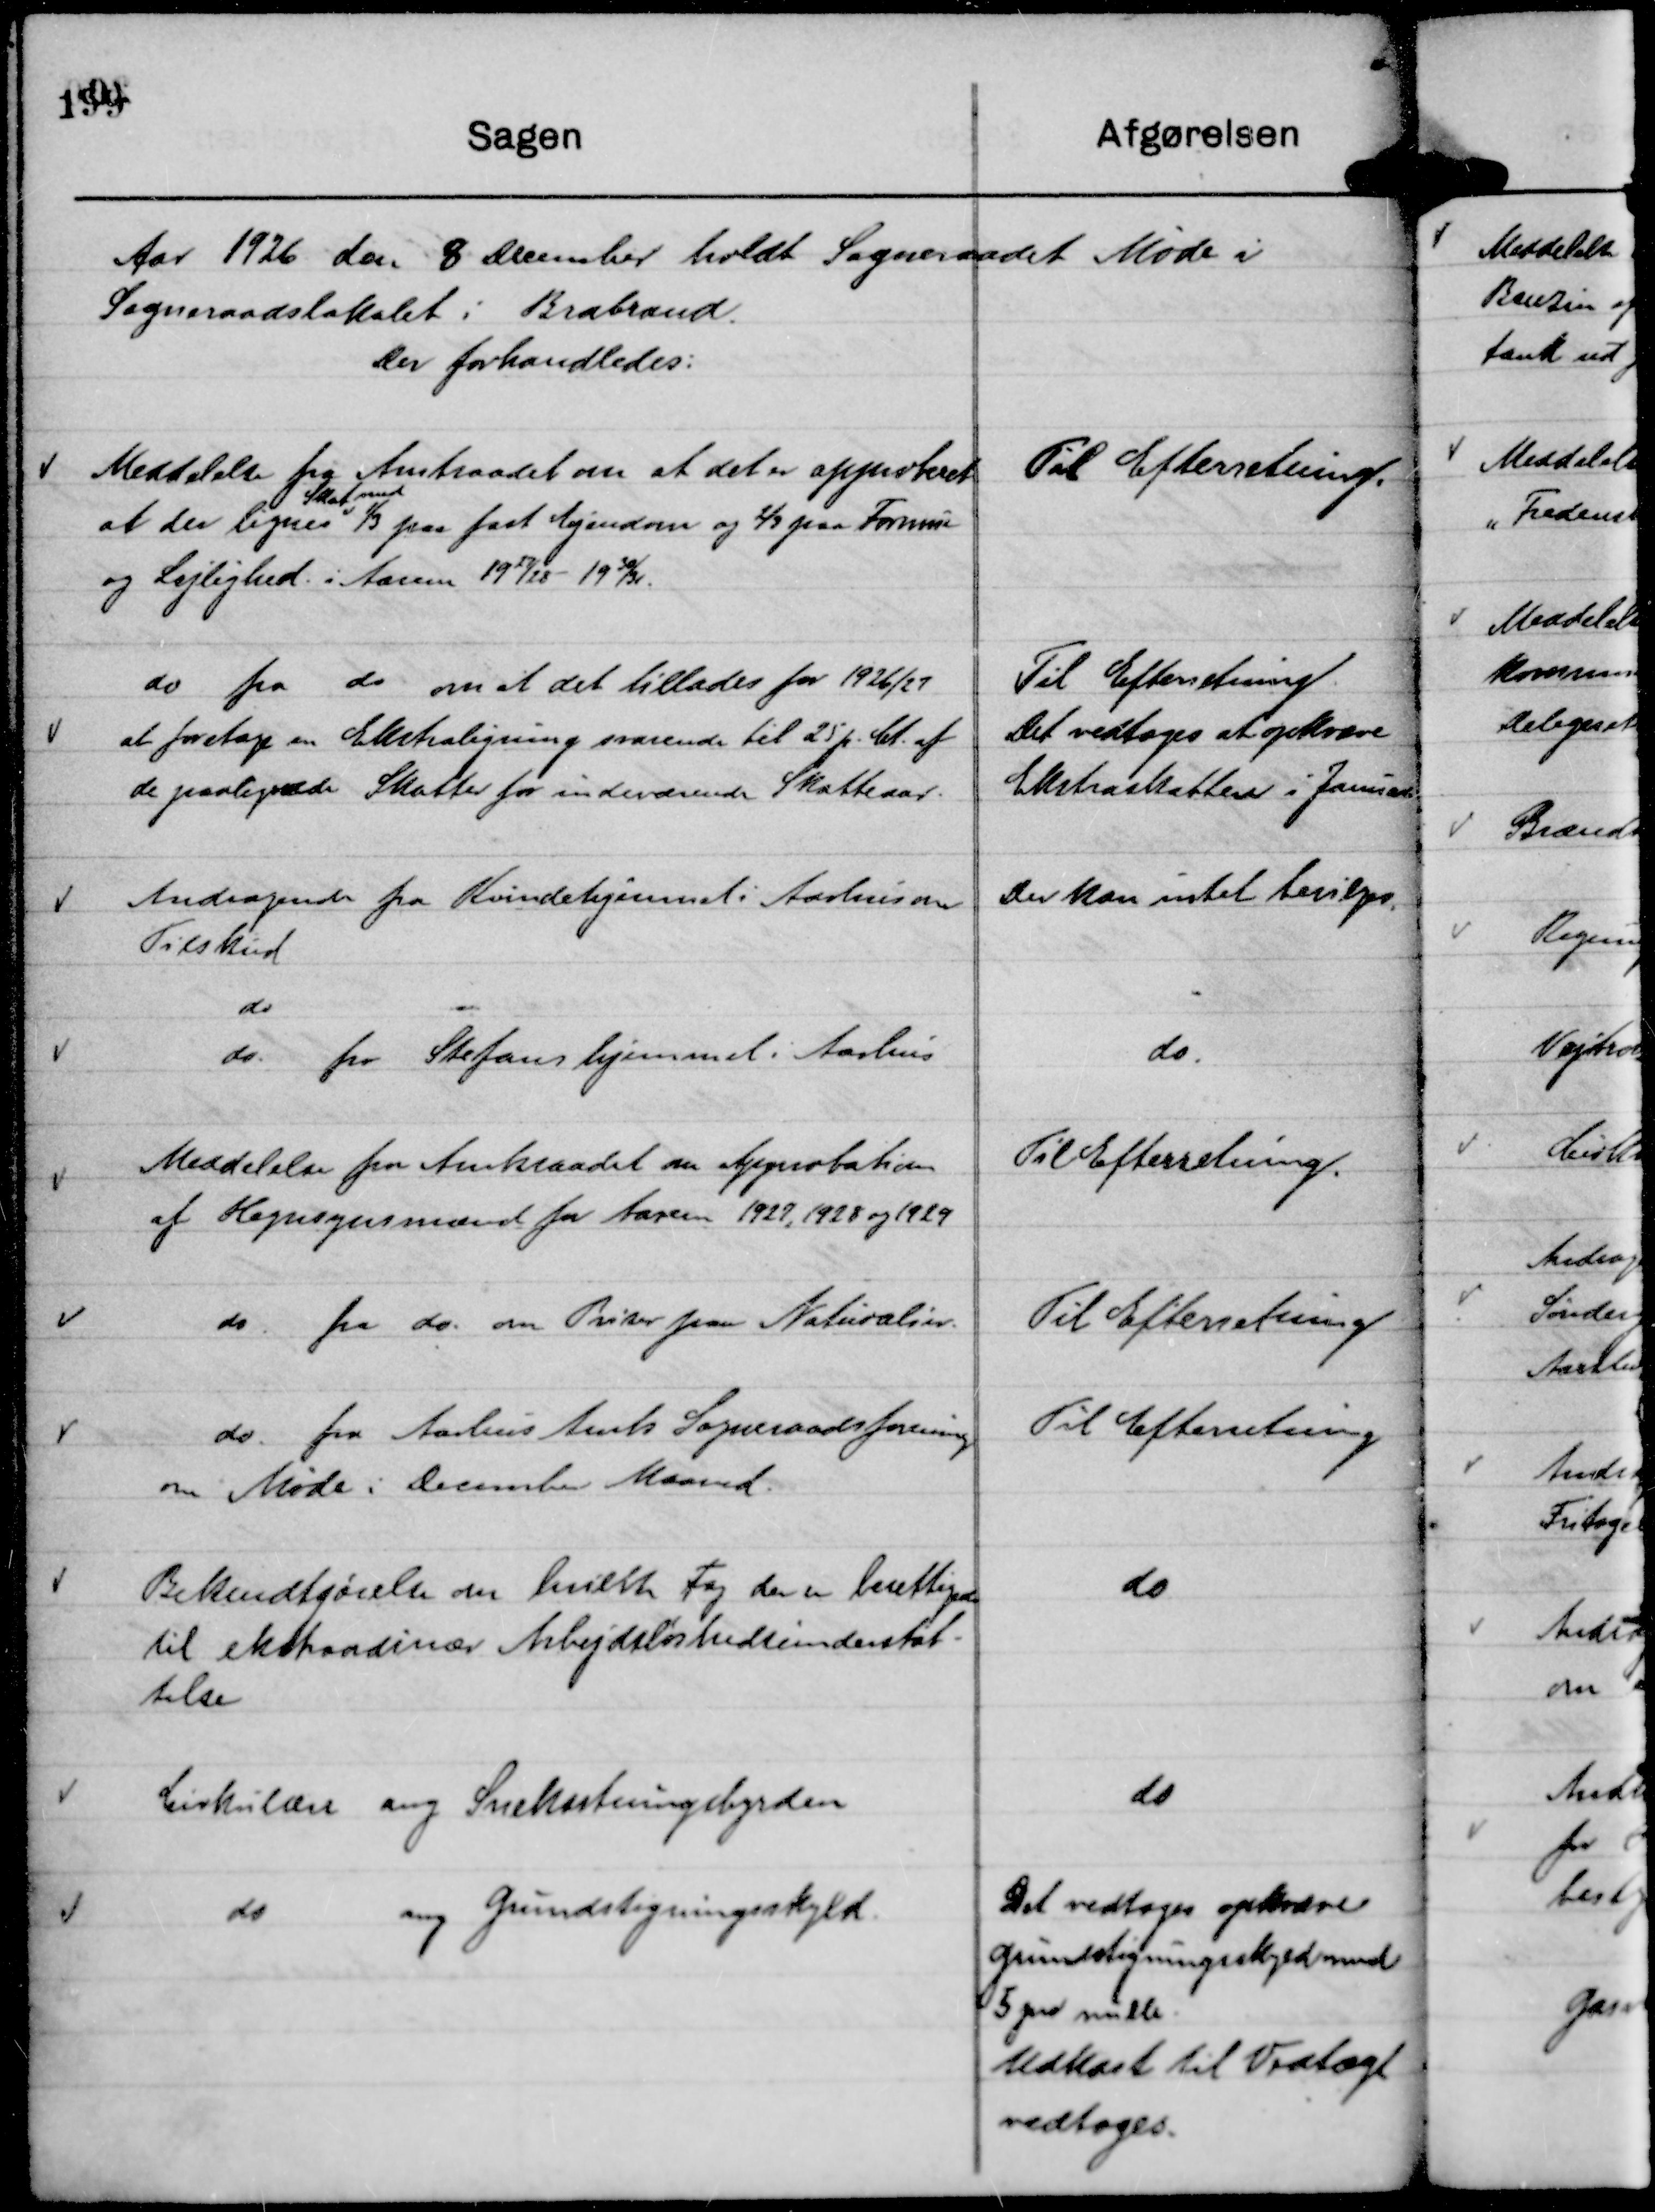
Transskription:
Aar 1926 den 8 December holdt Sogneraadet Møde i
Sogneraadslokalet i Brabrand.
Der forhandledes:

Meddelse fra Amtsraadet om at det er approberet
at der lignes
Skat med
⅓ paa fast Ejendom og ⅔ paa Formue
og Lejlighed i Aarene 1927/28 - 1930/31.

Til Efterretning.

do fra do om at det tillades for 1926/27
at foretage en Ekstraligning svarende til 25 p. Ct. af
de paalignede Skatter for indeværende Skatteaar.

Til Efterretning.
Det vedtoges at opkræve
Ekstraskatten i Januar.

Andragende fra Kvindehjemmet i Aarhus om
Tilskud

Der kan intet bevilges.

do
do. fra Stefanshjemmet i Aarhus

do.

Meddelelse fra Amtsraadet om Approbation
af Hegnsynsmænd for Aarene 1927, 1928 og 1929

Til Efterretning.

do. fra do. om Priser paa Naturalier.

Til Efterretning

do. fra Aarhus Amts Sogneraadsforening
om Møde i December Maaned.

Til Efterretning

Bekendtgørelse om hvilke Fag der er berettigede
til ekstraordinær Arbejdsløshedsunderstøt-
telse

do

Cirkulære ang Snekastningsbyrden

do

do
ang Grundstigningsskyld.

Det vedtoges opkræve
Grundstigningsskyld med
5 pro mille.
Udkast til Vedtægt
vedtoges.